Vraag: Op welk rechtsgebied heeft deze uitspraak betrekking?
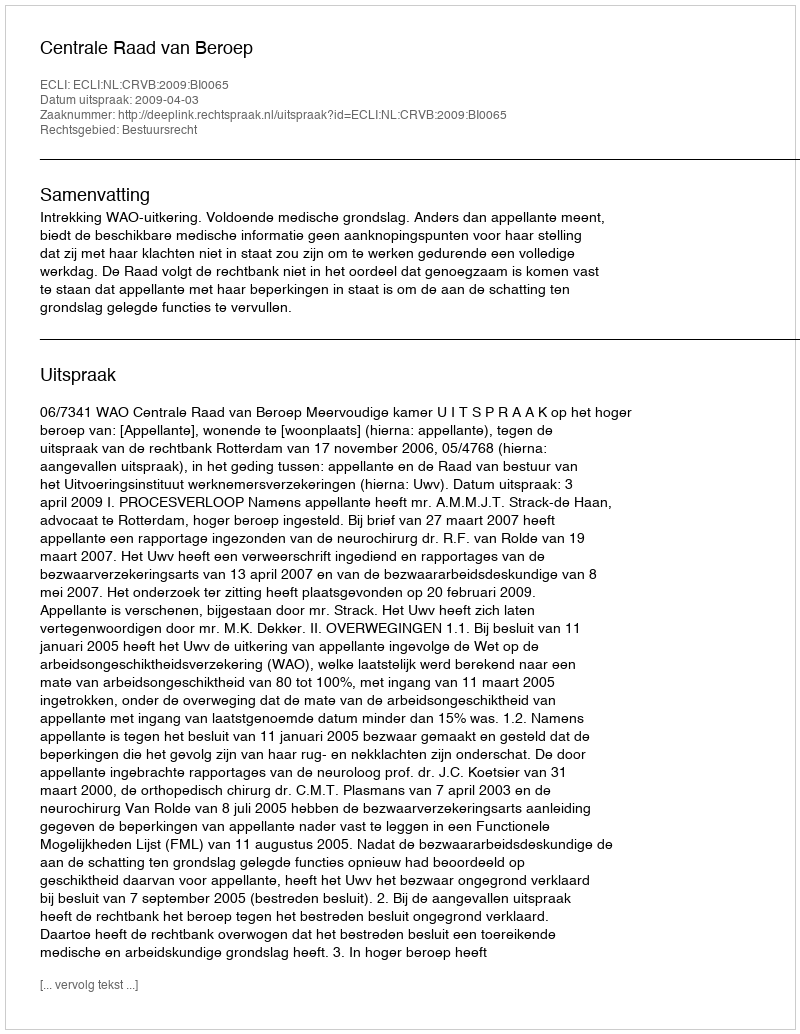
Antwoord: Bestuursrecht